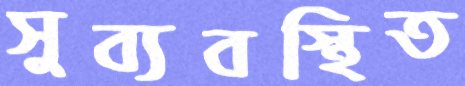
সুব্যবস্থিত